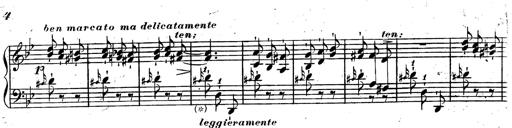
Title: Rondeau fantastique sur un thÃ¨me espagnol
Composer: Franz Liszt